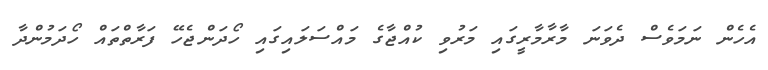
އެހެން ނަމަވެސް ދެވަނަ މާރާމާރީގައި މަރުވި ކުއްޖާގެ މައްސަލައިގައި ހޯދަންޖެހޭ ފަރާތްތައް ހޯދަމުންދާ